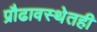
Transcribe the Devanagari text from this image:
प्रौढावस्थेतही